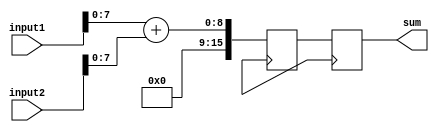
module fixed_point_adder (
    input [15:0] input1,
    input [15:0] input2,
    output reg [15:0] sum
);

reg [15:0] intermediate_result1, intermediate_result2;

always @ (posedge clk) begin
    intermediate_result1 <= input1[7:0] + input2[7:0]; // Adding lower 8 bits
    intermediate_result2 <= input1[15:8] + input2[15:8]; // Adding upper 8 bits
    
    sum <= {intermediate_result2, intermediate_result1}; // Concatenating the results to get the final sum
end

endmodule